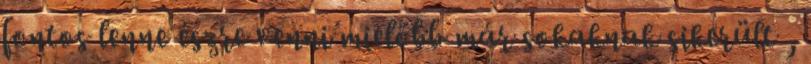
fontos lenne észre venni mielőbb már sokaknak sikerült ,